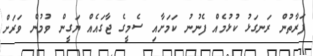
ފަރާތުން ރަނގަޅު ކުޅުމެއް ފެނުނު ކަމަށާއި ސެމީގެ ޖާގައެއް ޔަގީން ވުމުން ވަރަށް